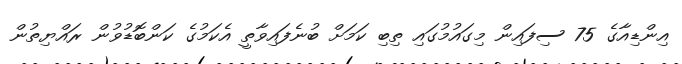
އިންޑިއާގެ 75 ސިފައިން މިގައުމުގައި ތިބި ކަމަށް ބުނެފައިވާތީ އެކަމުގެ ކަންބޮޑުވުން ރައްޔިތުން